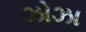
ઝોઝા